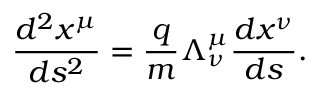
\frac { d ^ { 2 } x ^ { \mu } } { d s ^ { 2 } } = \frac { q } { m } \Lambda _ { \nu } ^ { \mu } \frac { d x ^ { \nu } } { d s } .